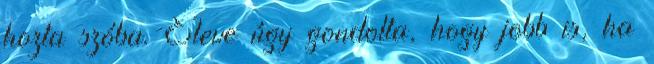
hozta szóba. Eleve úgy gondolta, hogy jobb is, ha